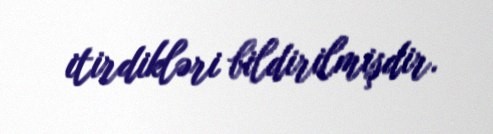
itirdikləri bildirilmişdir.